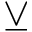
\veebar